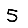
Digit: 5